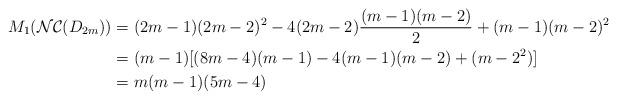
LaTeX: \begin{align*} M_{1}(\mathcal{NC}(D_{2m}))&=(2m-1)(2m-2)^{2}-4(2m-2)\dfrac{(m-1)(m-2)}{2}+(m-1)(m-2)^{2} \\ &= (m-1)[(8m-4)(m-1)-4(m-1)(m-2)+(m-2^{2})]\\ &= m(m-1)(5m-4)\end{align*}